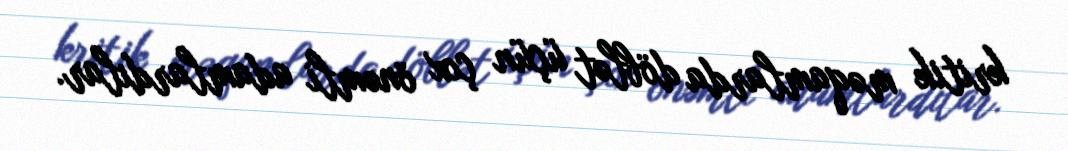
kritik məqamlarda döblət üçün çox önəmli adamlardılar.